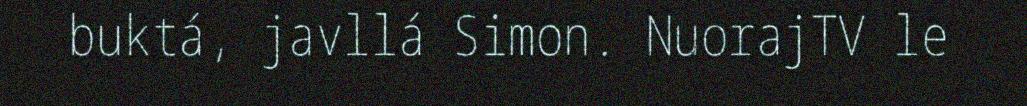
buktá, javllá Simon. NuorajTV le